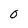
Character: o